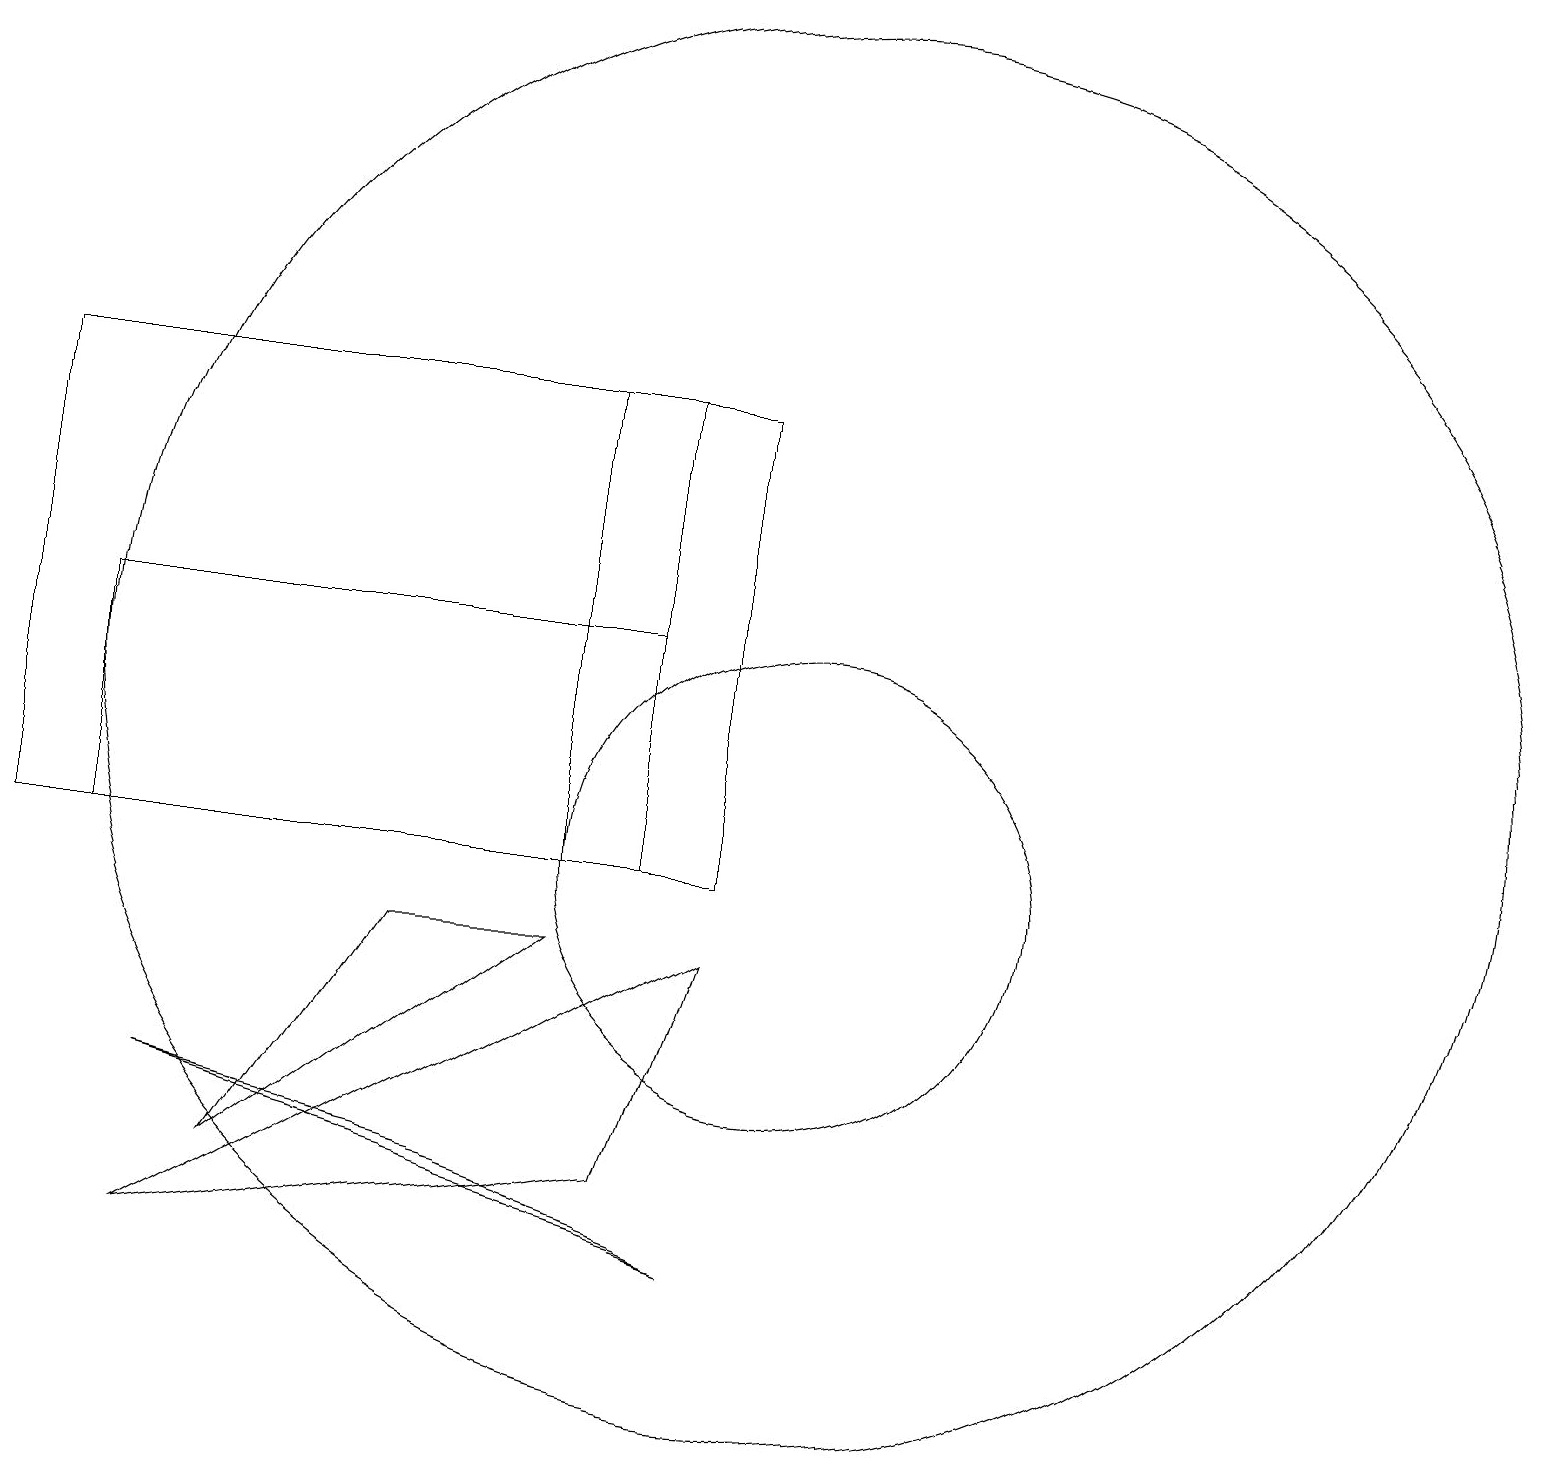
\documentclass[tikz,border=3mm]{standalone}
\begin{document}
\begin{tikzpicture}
\draw (9,5) -- (2,7) -- (6,6) -- cycle;
\draw (9,9) -- (8,6) -- (2,5) -- cycle;
\draw (1,13) rectangle (8,10);
\draw (7,16) rectangle (8,10);
\draw (10,12) circle (9);
\draw (5,9) -- (7,9) -- (3,6) -- cycle;
\draw (10,10) circle (3);
\draw (0,16) rectangle (9,10);
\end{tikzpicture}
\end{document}